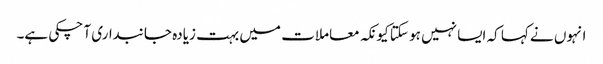
انہوں نے کہا کہ ایسا نہیں ہو سکتا کیونکہ معاملات میں بہت زیادہ جانبداری آ چکی ہے۔